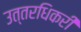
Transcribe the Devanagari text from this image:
उत्तरधिकरी